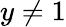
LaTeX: y\ne 1